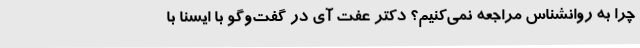
چرا به روانشناس مراجعه نمی‌کنیم؟ دکتر عفت آی در گفت‌وگو با ایسنا با